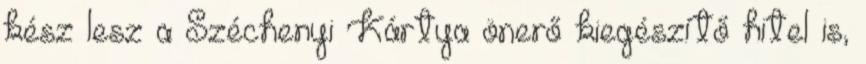
kész lesz a Széchenyi Kártya önerő kiegészítő hitel is,